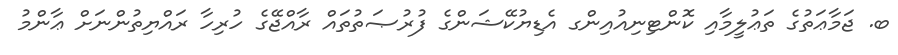
ބ. ޖަމާޢަތުގެ ތަޢުލީމާއި ކޮންޓިނިއުއިންގ އެޑިޔުކޭޝަންގެ ފުރުޞަތުތައް ރާއްޖޭގެ ހުރިހާ ރައްޔިތުންނަށް ޢާންމު